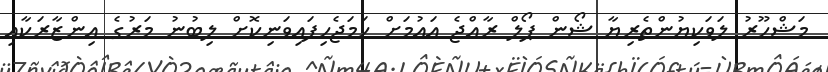
މަޝްހޫރު ލަވަކިޔުންތެރިޔާ ޝޯން ޕޯލް ރާއްޖެ އައުމަށް ހަމަޖެހިފައިވަނިކޮށް ލިބުނު މަރުގެ އިންޒާރަކާއި